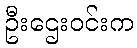
ဦးဌေးဝင်းက